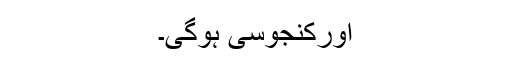
اورکنجوسی ہوگی۔